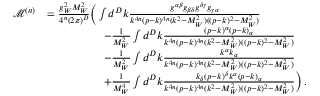
\begin{array} { r l } { \mathcal { M } ^ { ( n ) } } & { = \frac { g _ { W } ^ { 2 } M _ { W } ^ { 2 } } { 4 ^ { n } ( 2 \pi ) ^ { D } } \bigg ( \int d ^ { D } k \frac { g ^ { \alpha \beta } g _ { \beta \delta } g ^ { \delta \gamma } g _ { \gamma \alpha } } { k ^ { 4 n } ( p - k ) ^ { 4 n } ( k ^ { 2 } - M _ { W } ^ { 2 } ) ( ( p - k ) ^ { 2 } - M _ { W } ^ { 2 } ) } } \\ & { \quad \quad \quad \quad \quad - \frac { 1 } { M _ { W } ^ { 2 } } \int d ^ { D } k \frac { ( p - k ) ^ { \alpha } ( p - k ) _ { \alpha } } { k ^ { 4 n } ( p - k ) ^ { 4 n } ( k ^ { 2 } - M _ { W } ^ { 2 } ) ( ( p - k ) ^ { 2 } - M _ { W } ^ { 2 } ) } } \\ & { \quad \quad \quad \quad \quad - \frac { 1 } { M _ { W } ^ { 2 } } \int d ^ { D } k \frac { k ^ { \alpha } k _ { \alpha } } { k ^ { 4 n } ( p - k ) ^ { 4 n } ( k ^ { 2 } - M _ { W } ^ { 2 } ) ( ( p - k ) ^ { 2 } - M _ { W } ^ { 2 } ) } } \\ & { \quad \quad \quad \quad \quad + \frac { 1 } { M _ { W } ^ { 4 } } \int d ^ { D } k \frac { k _ { \delta } ( p - k ) ^ { \delta } k ^ { \alpha } ( p - k ) _ { \alpha } } { k ^ { 4 n } ( p - k ) ^ { 4 n } ( k ^ { 2 } - M _ { W } ^ { 2 } ) ( ( p - k ) ^ { 2 } - M _ { W } ^ { 2 } ) } \bigg ) \, . } \end{array}